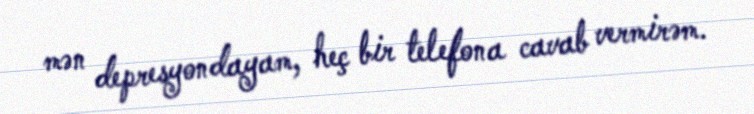
mən depresyondayam, heç bir telefona cavab vermirəm.